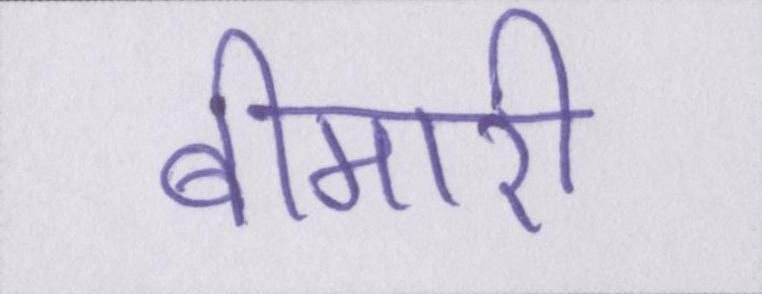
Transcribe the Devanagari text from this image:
बीमारी